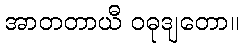
အာတတာယီ ဝဓုဒျတော။